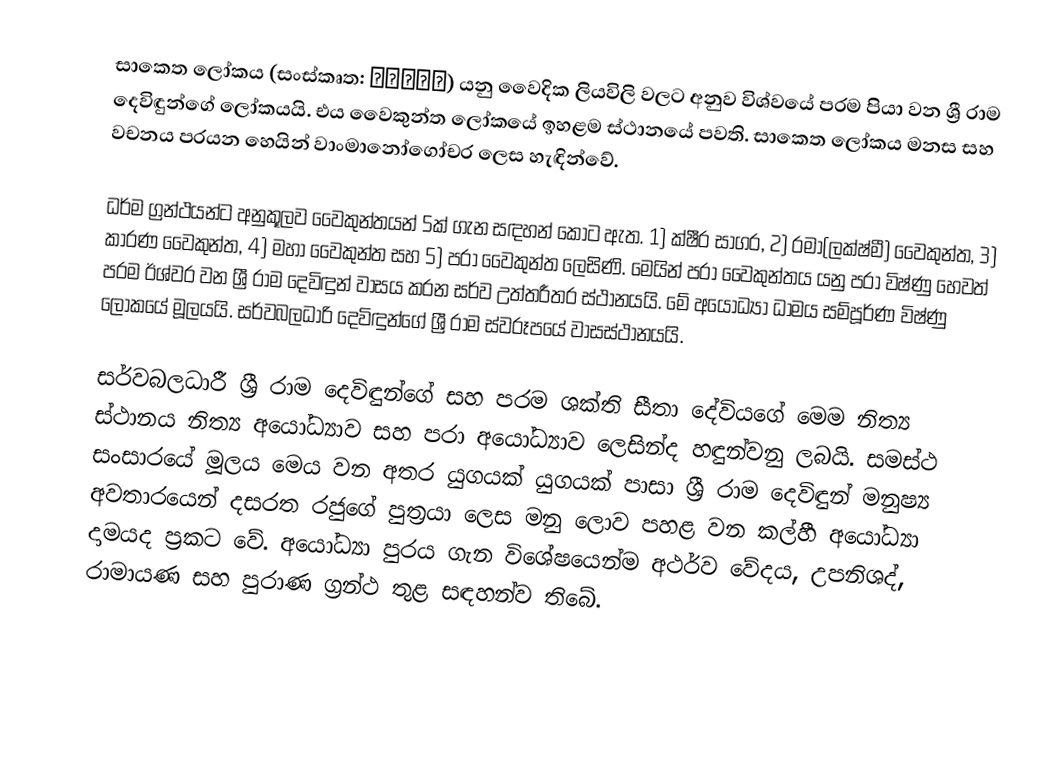
සාකෙත ලෝකය (සංස්කෘත: साकेत) යනු වෛදික ලියවිලි වලට අනුව විශ්වයේ පරම පියා වන ශ්‍රී රාම දෙවිඳුන්ගේ ලෝකයයි. එය වෛකුන්ත ලෝකයේ ඉහළම ස්ථානයේ පවති. සාකෙත ලෝකය මනස සහ වචනය පරයන හෙයින් වාංමානෝගෝචර ලෙස හැඳින්වේ.

ධර්ම ග්‍රන්ථයන්ට අනුකූලව වෛකුන්තයන් 5ක් ගැන සඳහන් කොට ඇත. 1) ක්ෂීර සාගර, 2) රමා(ලක්ෂ්මී) වෛකුන්ත, 3) කාරණ වෛකුන්ත, 4) මහා වෛකුන්ත සහ 5) පරා වෛකුන්ත ලෙසිණි. මෙයින් පරා වෛකුන්තය යනු පරා විෂ්ණු හෙවත් පරම ඊශ්වර වන ශ්‍රී රාම දෙවිඳුන් වාසය කරන සර්ව උත්තරීතර ස්ථානයයි. මේ අයොධ්‍යා ධාමය සම්පූර්ණ විෂ්ණු ලෝකයේ මූලයයි. සර්වබලධාරි දෙවිඳුන්ගේ ශ්‍රී රාම ස්වරූපයේ වාසස්ථානයයි.

සර්වබලධාරී ශ්‍රී රාම දෙවිඳුන්ගේ සහ පරම ශක්ති සීතා දේවියගේ මෙම නිත්‍ය ස්ථානය නිත්‍ය අයෝධ්‍යාව සහ පරා අයෝධ්‍යාව ලෙසින්ද හඳුන්වනු ලබයි. සමස්ථ සංසාරයේ මූලය මෙය වන අතර යුගයක් යුගයක් පාසා ශ්‍රී රාම දෙවිඳුන් මනුෂ්‍ය අවතාරයෙන් දසරත රජුගේ පුත්‍රයා ලෙස මනු ලොව පහළ වන කල්හී අයෝධ්‍යා දාමයද ප්‍රකට වේ. අයෝධ්‍යා පුරය ගැන විශේෂයෙන්ම අථර්ව වේදය, උපනිශද්, රාමායණ සහ පුරාණ ග්‍රන්ථ තුළ සඳහන්ව තිබේ.